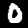
Digit: 0